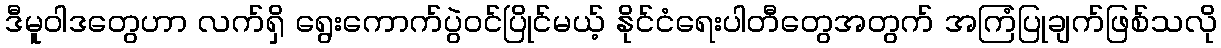
ဒီမူဝါဒတွေဟာ လက်ရှိ ရွေးကောက်ပွဲဝင်ပြိုင်မယ့် နိုင်ငံရေးပါတီတွေအတွက် အကြံပြုချက်ဖြစ်သလို